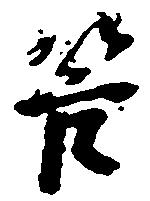
管